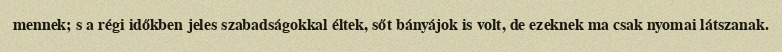
mennek; s a régi időkben jeles szabadságokkal éltek, sőt bányájok is volt, de ezeknek ma csak nyomai látszanak.